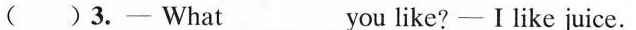
( )3.-—What___you like?-—I like juice.